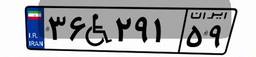
۳۶W۲۹۱۵۹